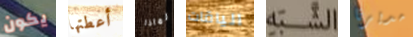
يكون أعطتها لماذا الياقات الشبه مديرنا